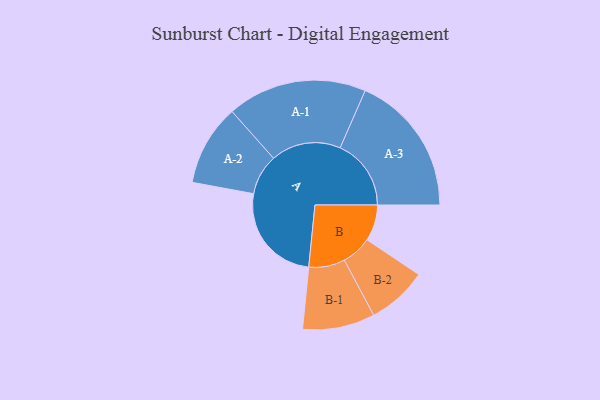
{"axis": {"x": "Segment", "y": "Value"}, "legend": ["", "A", "B"], "data": [{"x": "A", "y": 367, "type": ""}, {"x": "B", "y": 131, "type": ""}, {"x": "A-1", "y": 253, "type": "A"}, {"x": "A-2", "y": 147, "type": "A"}, {"x": "A-3", "y": 257, "type": "A"}, {"x": "B-1", "y": 131, "type": "B"}, {"x": "B-2", "y": 109, "type": "B"}]}